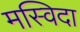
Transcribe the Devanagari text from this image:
मस्विदा